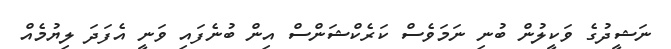
ނަޝީދުގެ ވަކީލުން ބުނި ނަމަވެސް ކަރެކްޝަންސް އިން ބުނެފައި ވަނީ އެފަދަ ލިޔުމެއް